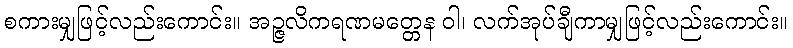
စကားမျှဖြင့်လည်းကောင်း။ အဉ္ဇလိကရဏမတ္တေန ဝါ၊ လက်အုပ်ချီကာမျှဖြင့်လည်းကောင်း။